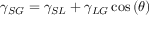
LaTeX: \gamma _ { S G } = \gamma _ { S L } + \gamma _ { L G } \cos \left( \theta \right)